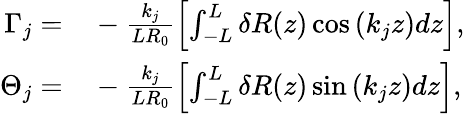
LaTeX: \begin{array}{rl}{\Gamma_{j}=}&{{}-\frac{k_{j}}{LR_{0}}\left[\int_{-L}^{L}\delta R(z)\cos\left(k_{j}z\right)dz\right],}\\ {\Theta_{j}=}&{{}-\frac{k_{j}}{LR_{0}}\left[\int_{-L}^{L}\delta R(z)\sin\left(k_{j}z\right)dz\right],}\end{array}